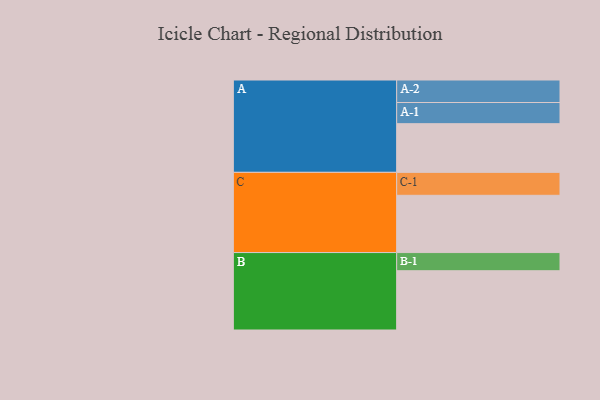
{"axis": {"x": "Segment", "y": "Value"}, "legend": ["", "A", "B", "C"], "data": [{"x": "A", "y": 437, "type": ""}, {"x": "B", "y": 532, "type": ""}, {"x": "C", "y": 514, "type": ""}, {"x": "A-1", "y": 190, "type": "A"}, {"x": "A-2", "y": 202, "type": "A"}, {"x": "B-1", "y": 163, "type": "B"}, {"x": "C-1", "y": 206, "type": "C"}]}